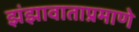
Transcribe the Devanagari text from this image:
झंझावाताप्रमाणे